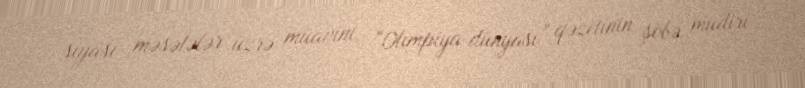
siyasi məsələlər üzrə müavini, “Olimpiya dünyası” qəzetinin şöbə müdiri